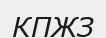
КПЖЗ